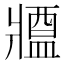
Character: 𤖙